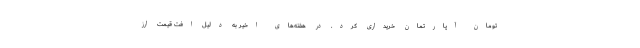
تومان آپارتمان خریداری کرد. در هفته‌های اخیر به دلیل افت قیمت ارز